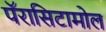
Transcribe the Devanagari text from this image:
पॅरासिटामोल